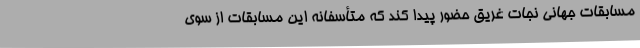
مسابقات جهانی نجات غریق حضور پیدا کند که متأسفانه این مسابقات از سوی